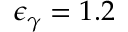
\epsilon _ { \gamma } = 1 . 2